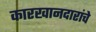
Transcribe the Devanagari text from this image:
कारखानदारांचे